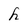
Character: h